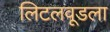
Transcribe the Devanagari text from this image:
लिटलवूडला